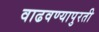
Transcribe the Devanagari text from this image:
वाढवण्यापुरती